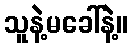
သူနဲ့မခေါ်နဲ့။